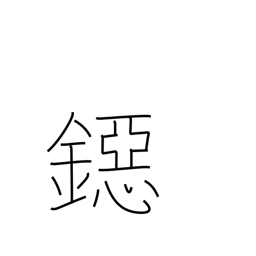
Meaning: coin of smallest value